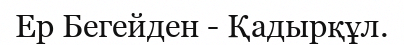
Ер Бегейден - Қадырқұл.